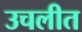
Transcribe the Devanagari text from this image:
उचलीत